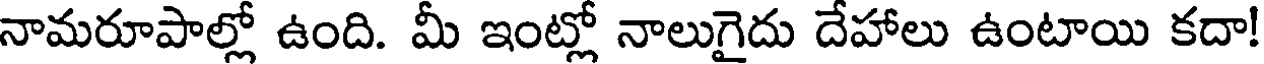
నామరూపాల్లో ఉంది. మీ ఇంట్లో నాలుగైదు దేహాలు ఉంటాయి కదా!